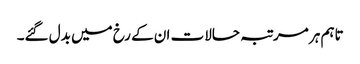
تاہم ہر مرتبہ حالات ان کے رخ میں بدل گئے۔